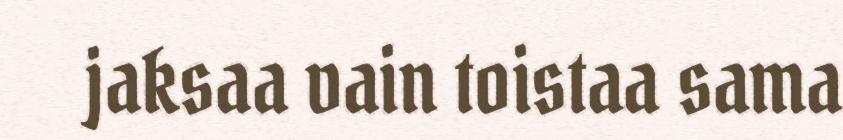
jaksaa vain toistaa sama